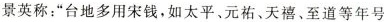
景英称：”台地多用宋钱，如太平、元祐、天禧，至道等年号